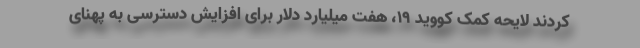
کردند لایحه کمک کووید ۱۹، هفت میلیارد دلار برای افزایش دسترسی به پهنای